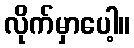
လိုက်မှာပေါ့။